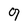
Character: 9